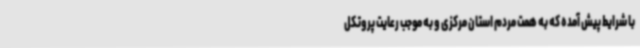
با شرایط پیش آمده که به همت مردم استان مرکزی و به موجب رعایت پروتکل